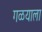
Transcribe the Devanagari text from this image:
गळयाला